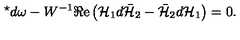
{ } ^ { \star } d \omega - W ^ { - 1 } \Re \mathrm { e } \left( { \cal H } _ { 1 } d \bar { \cal H } _ { 2 } - \bar { \cal H } _ { 2 } d { \cal H } _ { 1 } \right) = 0 .